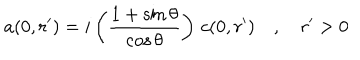
a ( 0 , r ^ { \prime } ) = i \left( \frac { 1 + \sin \theta } { \cos \theta } \right) \, c ( 0 , r ^ { \prime } ) \quad , \quad r ^ { \prime } > 0